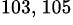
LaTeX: ^{103,~105}